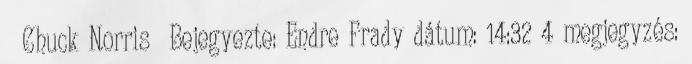
Chuck Norris Bejegyezte: Endre Frady dátum: 14:32 4 megjegyzés: